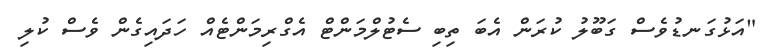
"އަޅުގަނޑުވެސް ގަބޫލު ކުރަން އެބަ ތިބި ސެޓުލްމަންޓް އެގްރިމަންޓެއް ހަދައިގެން ވެސް ކުލި